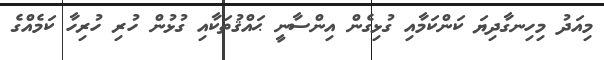
މިއަދު މިހިނގާދިޔަ ކަންކަމާއި ގުޅިގެން އިންސާނީ ޙައްޤުތަކާއި ގުޅުން ހުރި ހުރިހާ ކަމެއްގެ